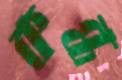
কন্ধ